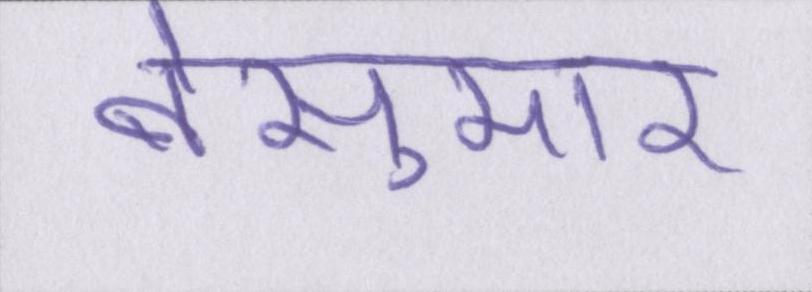
बेसुमार